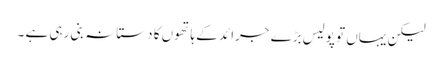
لیکن یہاں تو پولیس بڑے جرائد کے ہاتھوں کا دستانہ بنی رہی ہے ۔